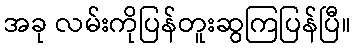
အခု လမ်းကိုပြန်တူးဆွကြပြန်ပြီ။